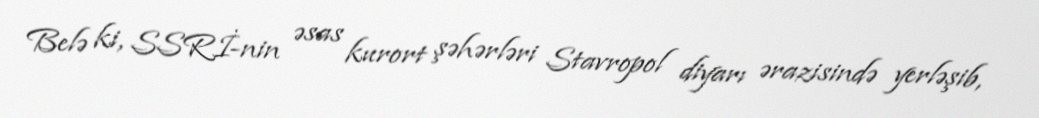
Belə ki, SSRİ-nin əsas kurort şəhərləri Stavropol diyarı ərazisində yerləşib,